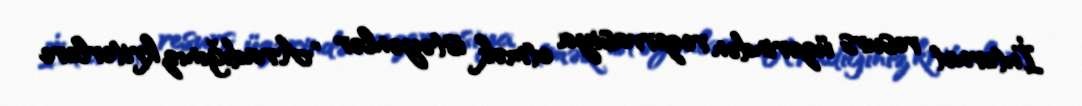
İnternet resurs üzərindən rezervasiya etmək istəyənlər "Aradığınız kriterlere